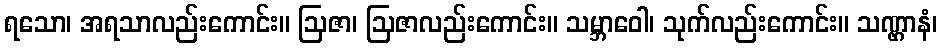
ရသော၊ အရသာလည်းကောင်း။ ဩဇာ၊ ဩဇာလည်းကောင်း။ သမ္ဘာဝေါ၊ သုက်လည်းကောင်း။ သဏ္ဌာနံ၊